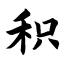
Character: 积